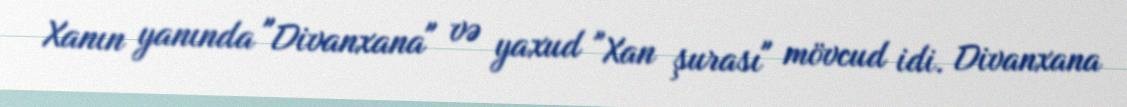
Xanın yanında "Divanxana" və yaxud "Xan şurası" mövcud idi. Divanxana